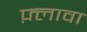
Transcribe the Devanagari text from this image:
फ़्लावा